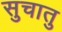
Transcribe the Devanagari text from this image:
सुचातु